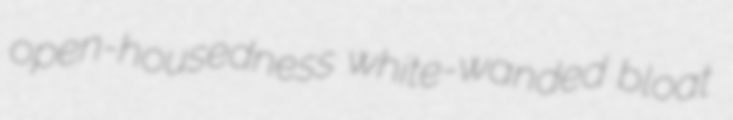
open-housedness white-wanded bloat